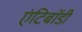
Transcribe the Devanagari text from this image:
एंटिबॉडी